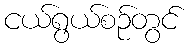
ငယ်ရွယ်စဉ်တွင်